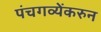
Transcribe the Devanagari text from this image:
पंचगव्येंकरुन